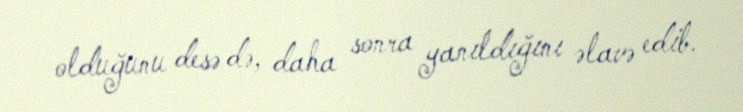
olduğunu desə də, daha sonra yanıldığını əlavə edib.